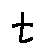
t